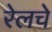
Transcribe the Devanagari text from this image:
रेलचे